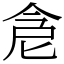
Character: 𠉞